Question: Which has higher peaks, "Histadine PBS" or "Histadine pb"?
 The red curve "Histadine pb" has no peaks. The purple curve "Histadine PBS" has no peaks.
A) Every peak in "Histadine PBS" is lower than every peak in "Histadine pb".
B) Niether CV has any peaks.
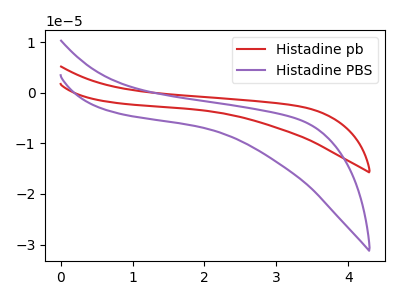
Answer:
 <answer>B) Niether CV has any peaks.</answer>
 <eval>B</eval>